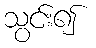
သွင်း၍